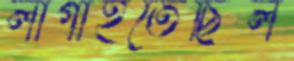
লাগাইতেছিল